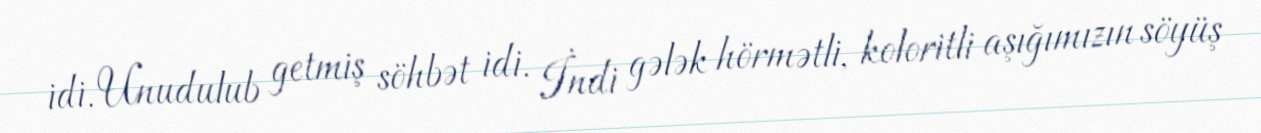
idi. Unudulub getmiş söhbət idi. İndi gələk hörmətli, koloritli aşığımızın söyüş